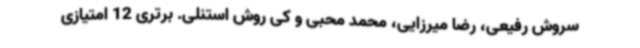
سروش رفیعی، رضا میرزایی، محمد محبی و کی روش استنلی. برتری 12 امتیازی